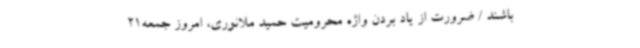
باشند / ضرورت از یاد بردن واژه محرومیت حمید ملانوری، امروز جمعه21